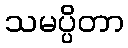
သမပ္ပိတာ